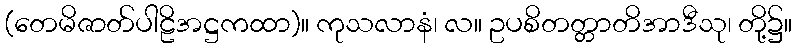
(တေမိဇာတ်ပါဠိအဋ္ဌကထာ)။ ကုသလာနံ၊ လ။ ဥပစိတတ္တာတိအာဒီသု၊ တို့၌။